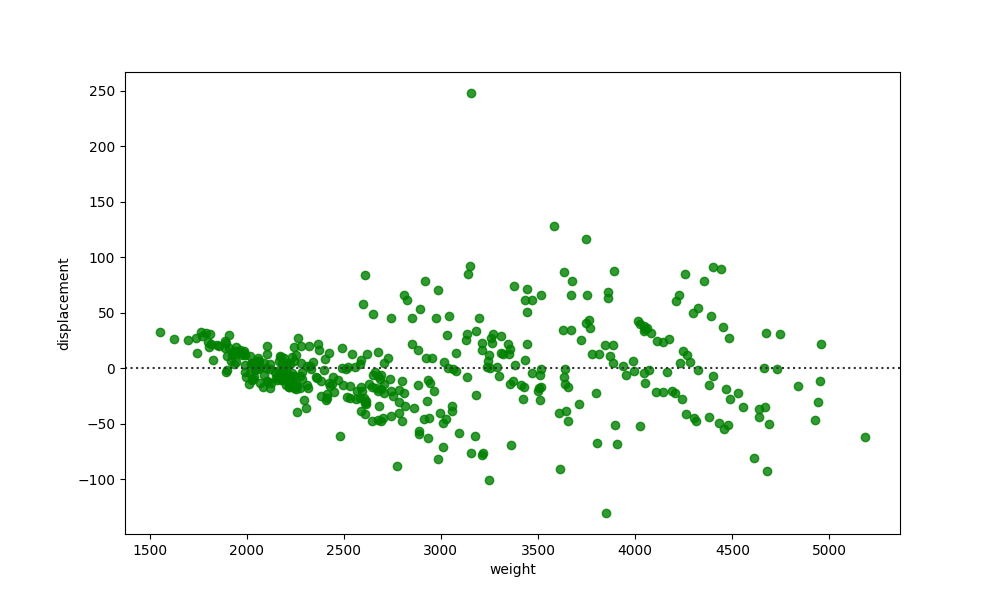
python, seaborn, residplot, lowess=False, scatter_color=green